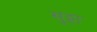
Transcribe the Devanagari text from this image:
सुट्टा